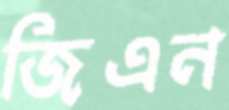
জিএন